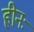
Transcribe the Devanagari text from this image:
हीनः